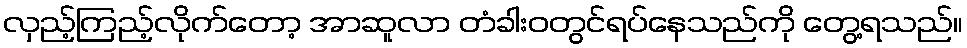
လှည့်ကြည့်လိုက်တော့ အာဆူလာ တံခါးဝတွင်ရပ်နေသည်ကို တွေ့ရသည်။